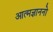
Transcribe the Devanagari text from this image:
आत्मज्ञाननो